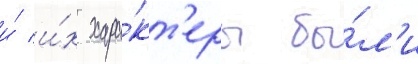
и́ и́х хара́кт'еры бы́л'и